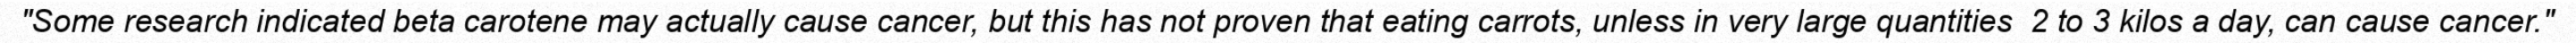
"Some research indicated beta carotene may actually cause cancer, but this has not proven that eating carrots, unless in very large quantities  2 to 3 kilos a day, can cause cancer."